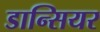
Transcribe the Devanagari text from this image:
डान्सियर